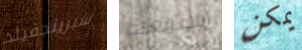
سبرينجفيلد إستمعت يمكن